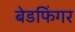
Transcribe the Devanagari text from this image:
बेडफिंगर